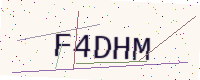
Text: F4DHM